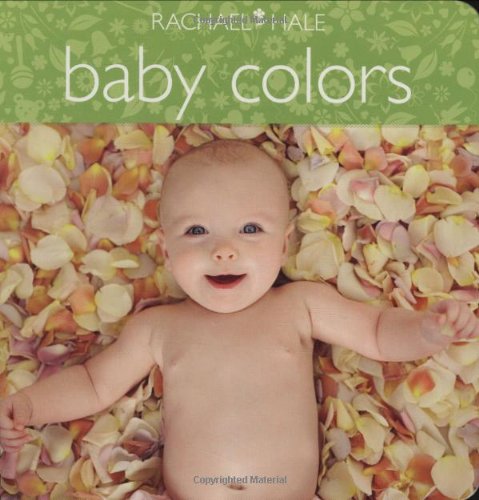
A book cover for Baby Colors (Beautiful Babies); Rachael Hale; Children's Books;